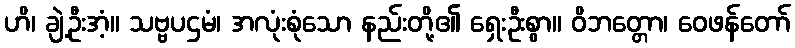
ဟိ၊ ချဲ့ဦးအံ့။ သဗ္ဗပဌမံ၊ အလုံးစုံသော နည်းတို့၏ ရှေးဦးစွာ။ ဝိဘတ္တော၊ ဝေဖန်တော်